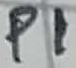
Text: P1